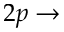
2 p \rightarrow